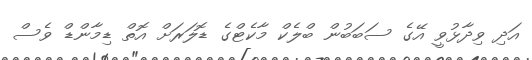
އަދި ވިދާޅުވީ އޭގެ ސަބަބުން ބްލެކް މާކެޓްގެ ޑޮލަރަށް އޮތް ޑިމާންޑް ވެސް